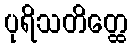
ပုရိသတိတ္ထေ